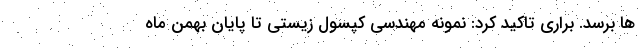
ها برسد. براری تاکید کرد: نمونه مهندسی کپسول زیستی تا پایان بهمن ماه